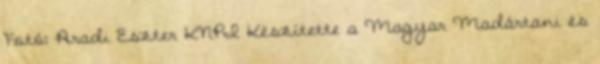
Fotó: Aradi Eszter KNPI Készítette a Magyar Madártani és